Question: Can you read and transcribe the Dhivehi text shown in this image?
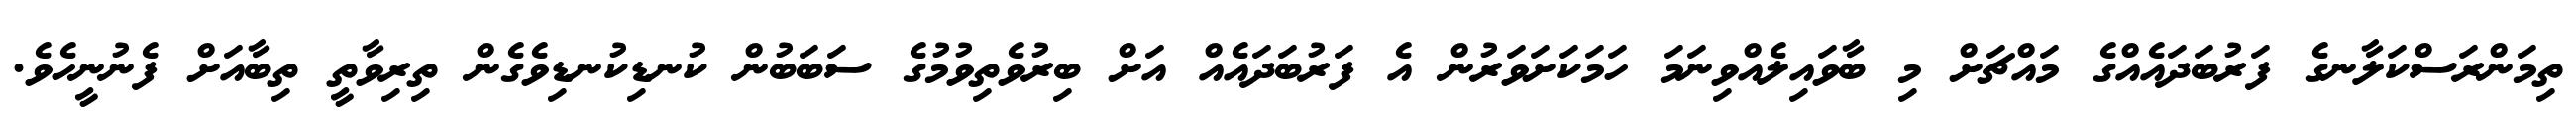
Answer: ތިމަންރަސްކަލާނގެ ފަރުބަދައެއްގެ މައްޗަށް މި ބާވައިލެއްވިނަމަ ހަމަކަށަވަރުން އެ ފަރުބަދައެއް އަށް ބިރުވެތިވުމުގެ ސަބަބުން ކުނޑިކުނޑިވެގެން ތިރިވާތީ ތިބާއަށް ފެނުނީހެވެ.